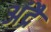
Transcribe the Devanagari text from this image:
अंद्रै